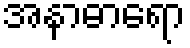
အနာဓာရော